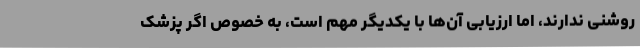
روشنی ندارند، اما ارزیابی آن‌ها با یکدیگر مهم است، به خصوص اگر پزشک